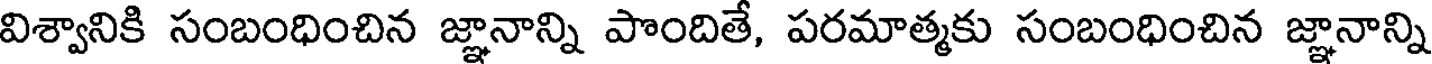
విశ్వానికి సంబంధించిన జ్ఞానాన్ని పొందితే, పరమాత్మకు సంబంధించిన జ్ఞానాన్ని